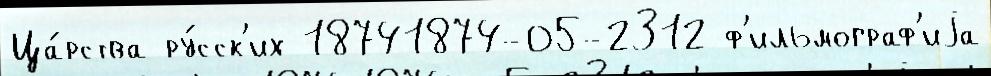
Ца́рства ру́сск'их 18741874-05-2312 ф'ильмограф'иjа